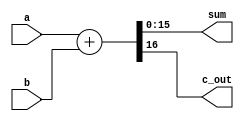
module simple_adder(
	output reg [15:0]sum, 
	output reg c_out, 
	input [15:0]a, b);

always @* begin
 	{c_out, sum} = a + b;
end

endmodule